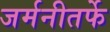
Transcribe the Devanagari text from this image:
जर्मनीतर्फे